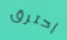
إحترق